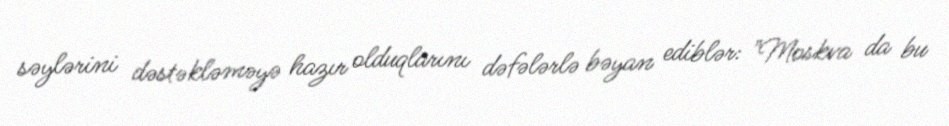
səylərini dəstəkləməyə hazır olduqlarını dəfələrlə bəyan ediblər: "Moskva da bu